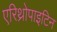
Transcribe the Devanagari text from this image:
एरिथ्रोपाइटिन